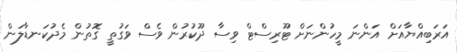
އަރަބިއްޔާއަށް އަންނަ މީހުންނަށް ޓޫރިސްޓް ވިސާ ދޫކުރުން ވެސް ވަގުތީ ގޮތުން މެދުކަނޑާލަން